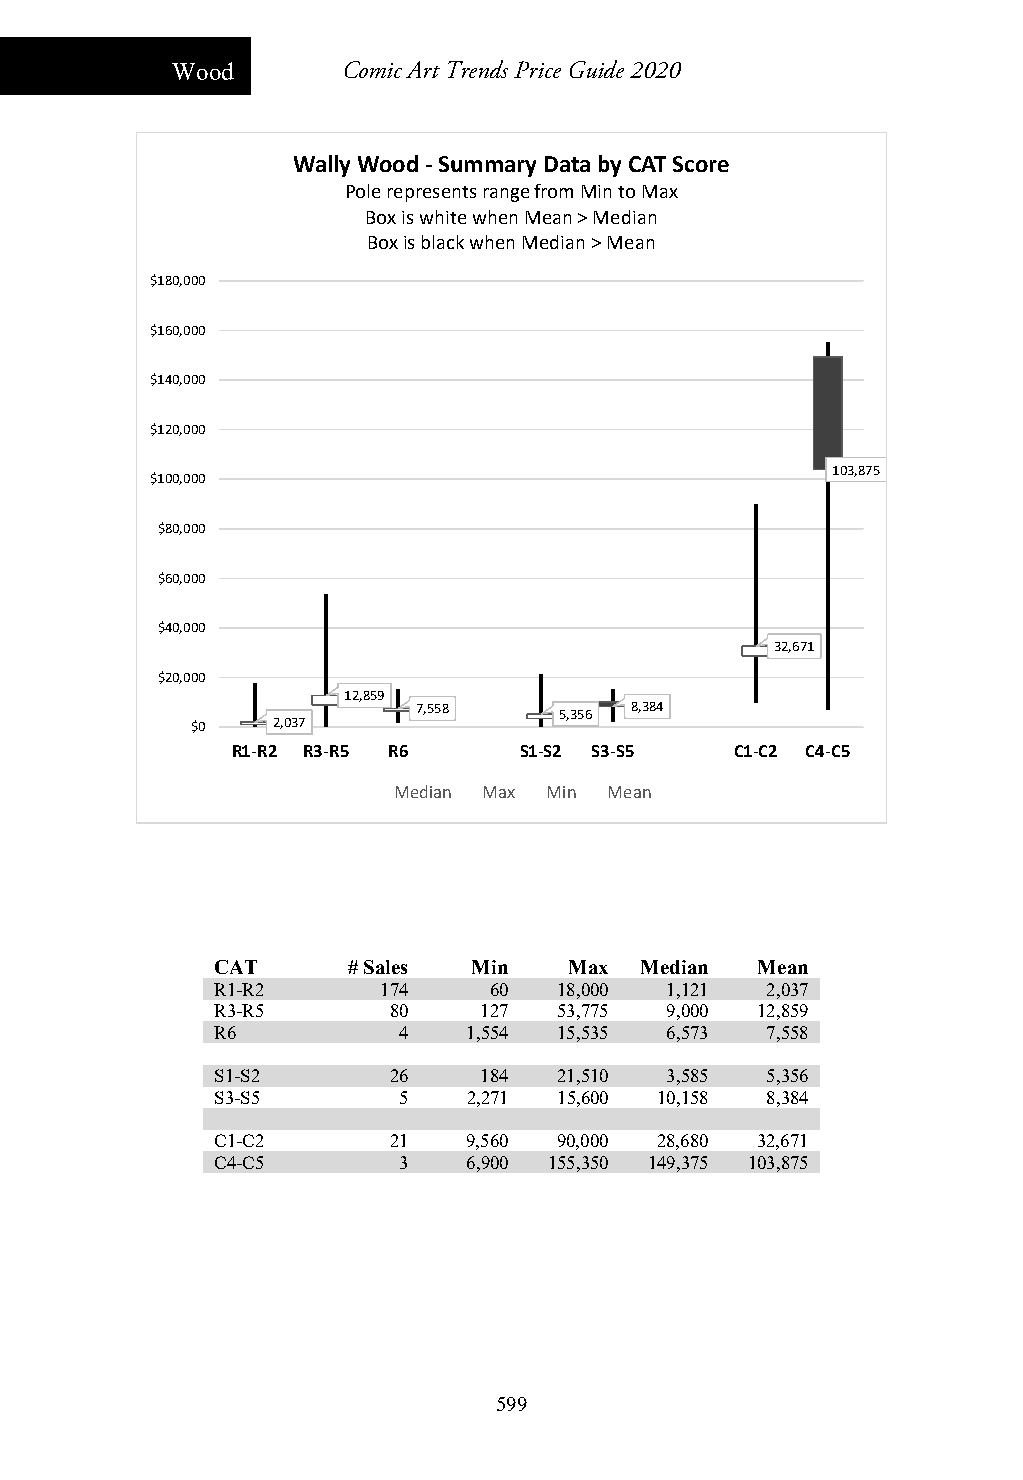
Wood        Comic Art Trends Price Guide 2020
 Wally Wood ‐Summary Data by CAT Score
 Pole represents range from Min to Max
 Box is white when Mean > Median
 Box is black when Median > Mean
 $180,000
 $160,000
 $140,000
 $120,000
 103,875
 $100,000
 $80,000
 $60,000
 $40,000
 32,671
 $20,000
 12,859
 7,558    5,356 8,384
 $0   2,037
 R1‐R2 R3‐R5 R6     S1‐S2 S3‐S5    C1‐C2 C4‐C5
 Median Max Min Mean
 CAT      # Sales Min    Max Median  Mean
 R1-R2      174    60   18,000 1,121  2,037
 R3-R5       80    127  53,775 9,000 12,859
 R6          4    1,554 15,535 6,573  7,558
 S1-S2       26    184  21,510 3,585  5,356
 S3-S5       5    2,271 15,600 10,158 8,384
 C1-C2       21   9,560 90,000 28,680 32,671
 C4-C5       3    6,900 155,350 149,375 103,875
 599